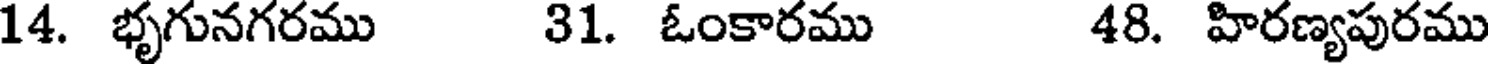
14. భృగునగరము 31. ఓంకారము 48. హిరణ్యపురము